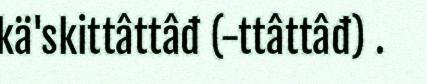
kä'skittâttâđ (-ttâttâđ) .